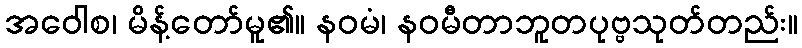
အဝေါစ၊ မိန့်တော်မူ၏။ နဝမံ၊ နဝမီတာဘူတပုဗ္ဗသုတ်တည်း။